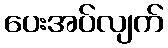
ပေးအပ်လျက်